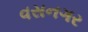
વસનગર